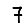
Digit: 7